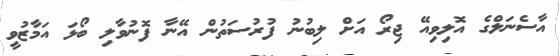
އާސެނަލްގެ އޮލިވިއޭ ޖިރޯ އަށް ލިބުނު ފުރުސަތުން އޭނާ ފޮނުވާލި ބޯޅަ އަމާޒުވީ